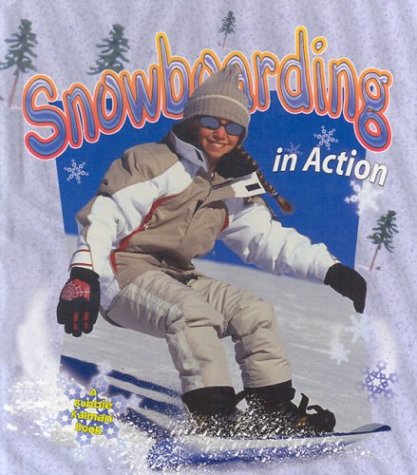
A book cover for Snowboarding in Action (Sports in Action); Bobbie Kalman; Sports & Outdoors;